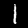
Digit: 1